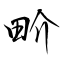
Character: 畍